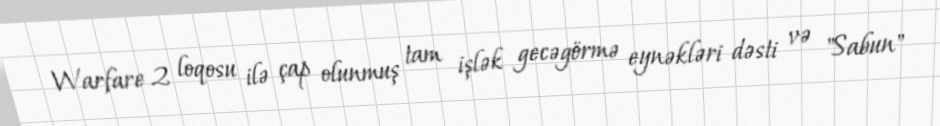
Warfare 2 loqosu ilə çap olunmuş tam işlək gecəgörmə eynəkləri dəsti və "Sabun"